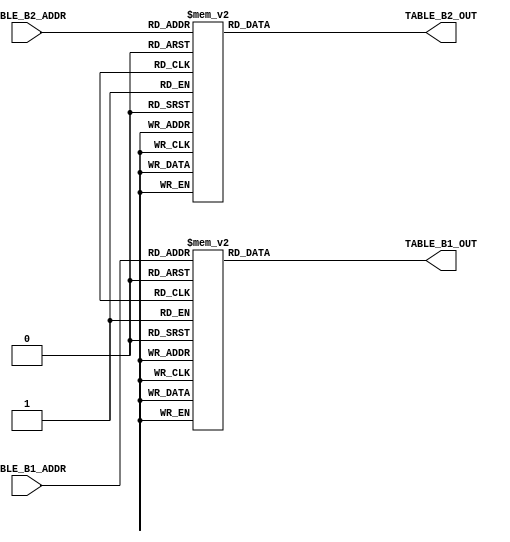
// This program was cloned from: https://github.com/neogeodev/NeoGeoFPGA-sim
// License: GNU General Public License v3.0

module pcmb_tables(
		input [3:0] TABLE_B1_ADDR,
		output reg [4:0] TABLE_B1_OUT,
		input [2:0] TABLE_B2_ADDR,		// 3:0 but 2x repeat
		output reg [7:0] TABLE_B2_OUT
	);
	
	// Todo: Could be made in combi
	// Out = ((In & 7) << 1) | 1, neg if In[3]
	always @(TABLE_B1_ADDR)
	begin
		case (TABLE_B1_ADDR)
			4'h0 : TABLE_B1_OUT <= 5'd1;
			4'h1 : TABLE_B1_OUT <= 5'd3;
			4'h2 : TABLE_B1_OUT <= 5'd5;
			4'h3 : TABLE_B1_OUT <= 5'd7;
			4'h4 : TABLE_B1_OUT <= 5'd9;
			4'h5 : TABLE_B1_OUT <= 5'd11;
			4'h6 : TABLE_B1_OUT <= 5'd13;
			4'h7 : TABLE_B1_OUT <= 5'd15;
			4'h8 : TABLE_B1_OUT <= -5'd1;
			4'h9 : TABLE_B1_OUT <= -5'd3;
			4'hA : TABLE_B1_OUT <= -5'd5;
			4'hB : TABLE_B1_OUT <= -5'd7;
			4'hC : TABLE_B1_OUT <= -5'd9;
			4'hD : TABLE_B1_OUT <= -5'd11;
			4'hE : TABLE_B1_OUT <= -5'd13;
			4'hF : TABLE_B1_OUT <= -5'd15;
		endcase
	end
	
	always @(TABLE_B2_ADDR)
	begin
		case (TABLE_B2_ADDR)
			3'h0 : TABLE_B2_OUT <= 8'd57;		// Todo: Reduce
			3'h1 : TABLE_B2_OUT <= 8'd57;
			3'h2 : TABLE_B2_OUT <= 8'd57;
			3'h3 : TABLE_B2_OUT <= 8'd57;
			3'h4 : TABLE_B2_OUT <= 8'd77;
			3'h5 : TABLE_B2_OUT <= 8'd102;
			3'h6 : TABLE_B2_OUT <= 8'd128;
			3'h7 : TABLE_B2_OUT <= 8'd153;
		endcase
	end
	
endmodule